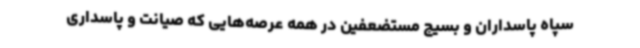
سپاه پاسداران و بسیج مستضعفین در همه عرصه‌هایی که صیانت و پاسداری